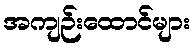
အကျဉ်းထောင်များ